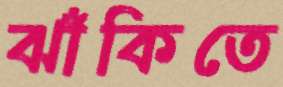
ঝাঁকিতে